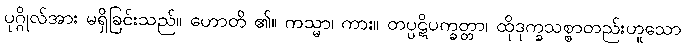
ပုဂ္ဂိုလ်အား မရှိခြင်းသည်။ ဟောတိ ၏။ ကသ္မာ၊ ကား။ တပ္ပဋိပက္ခတ္တာ၊ ထိုဒုက္ခသစ္စာတည်းဟူသော